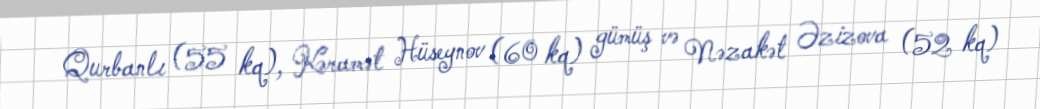
Qurbanlı (55 kq), Kəramət Hüseynov (60 kq) gümüş və Nəzakət Əzizova (52 kq)